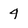
Character: 4